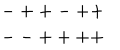
\begin{array} { c } { { - + + - + + } } \\ { { -- + + + + } } \\ \end{array}